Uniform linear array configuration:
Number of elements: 64
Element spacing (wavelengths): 0.5
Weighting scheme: blackman
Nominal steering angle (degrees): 30
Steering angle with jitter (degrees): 28.814
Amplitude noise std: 0.05
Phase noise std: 0.05

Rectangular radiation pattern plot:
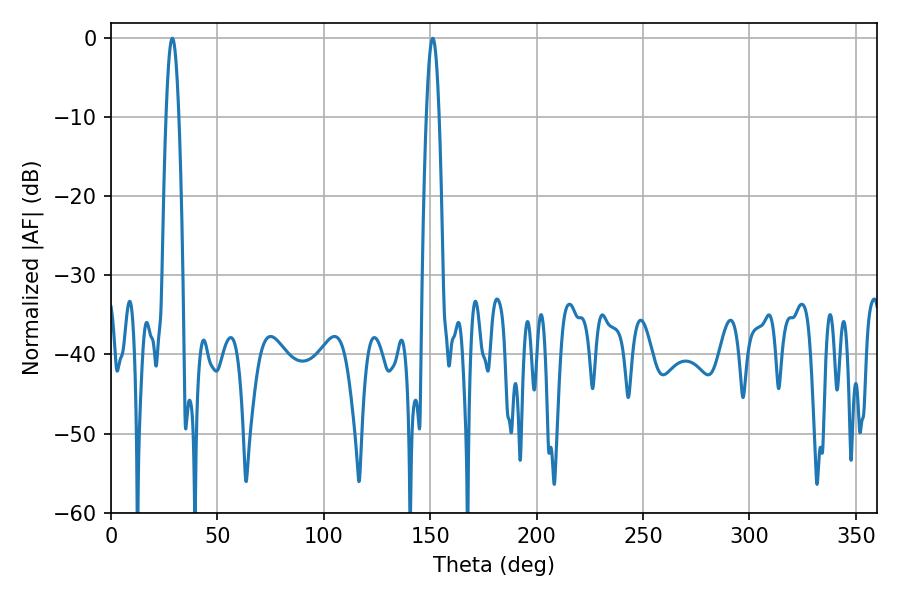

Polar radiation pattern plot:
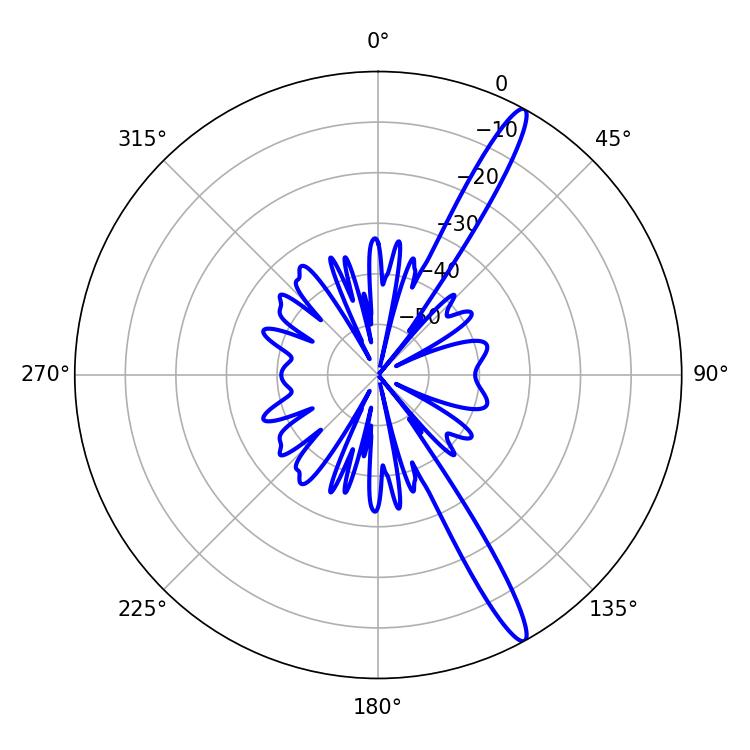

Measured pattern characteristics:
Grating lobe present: FALSE
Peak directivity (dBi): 15.197
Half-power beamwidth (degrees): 3.24
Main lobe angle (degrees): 28.8